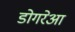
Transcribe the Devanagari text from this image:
डोगरेआ